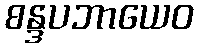
စန္ဒပဘာယေဝ